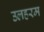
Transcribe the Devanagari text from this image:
उलहरम